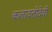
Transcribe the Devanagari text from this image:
कलावतीदेवी